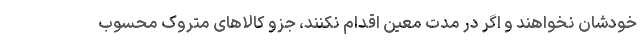
خودشان نخواهند و اگر در مدت معین اقدام نکنند، جزو کالاهای متروک محسوب